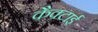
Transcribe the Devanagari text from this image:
कैक्टाई